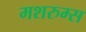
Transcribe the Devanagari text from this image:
मशरुम्स